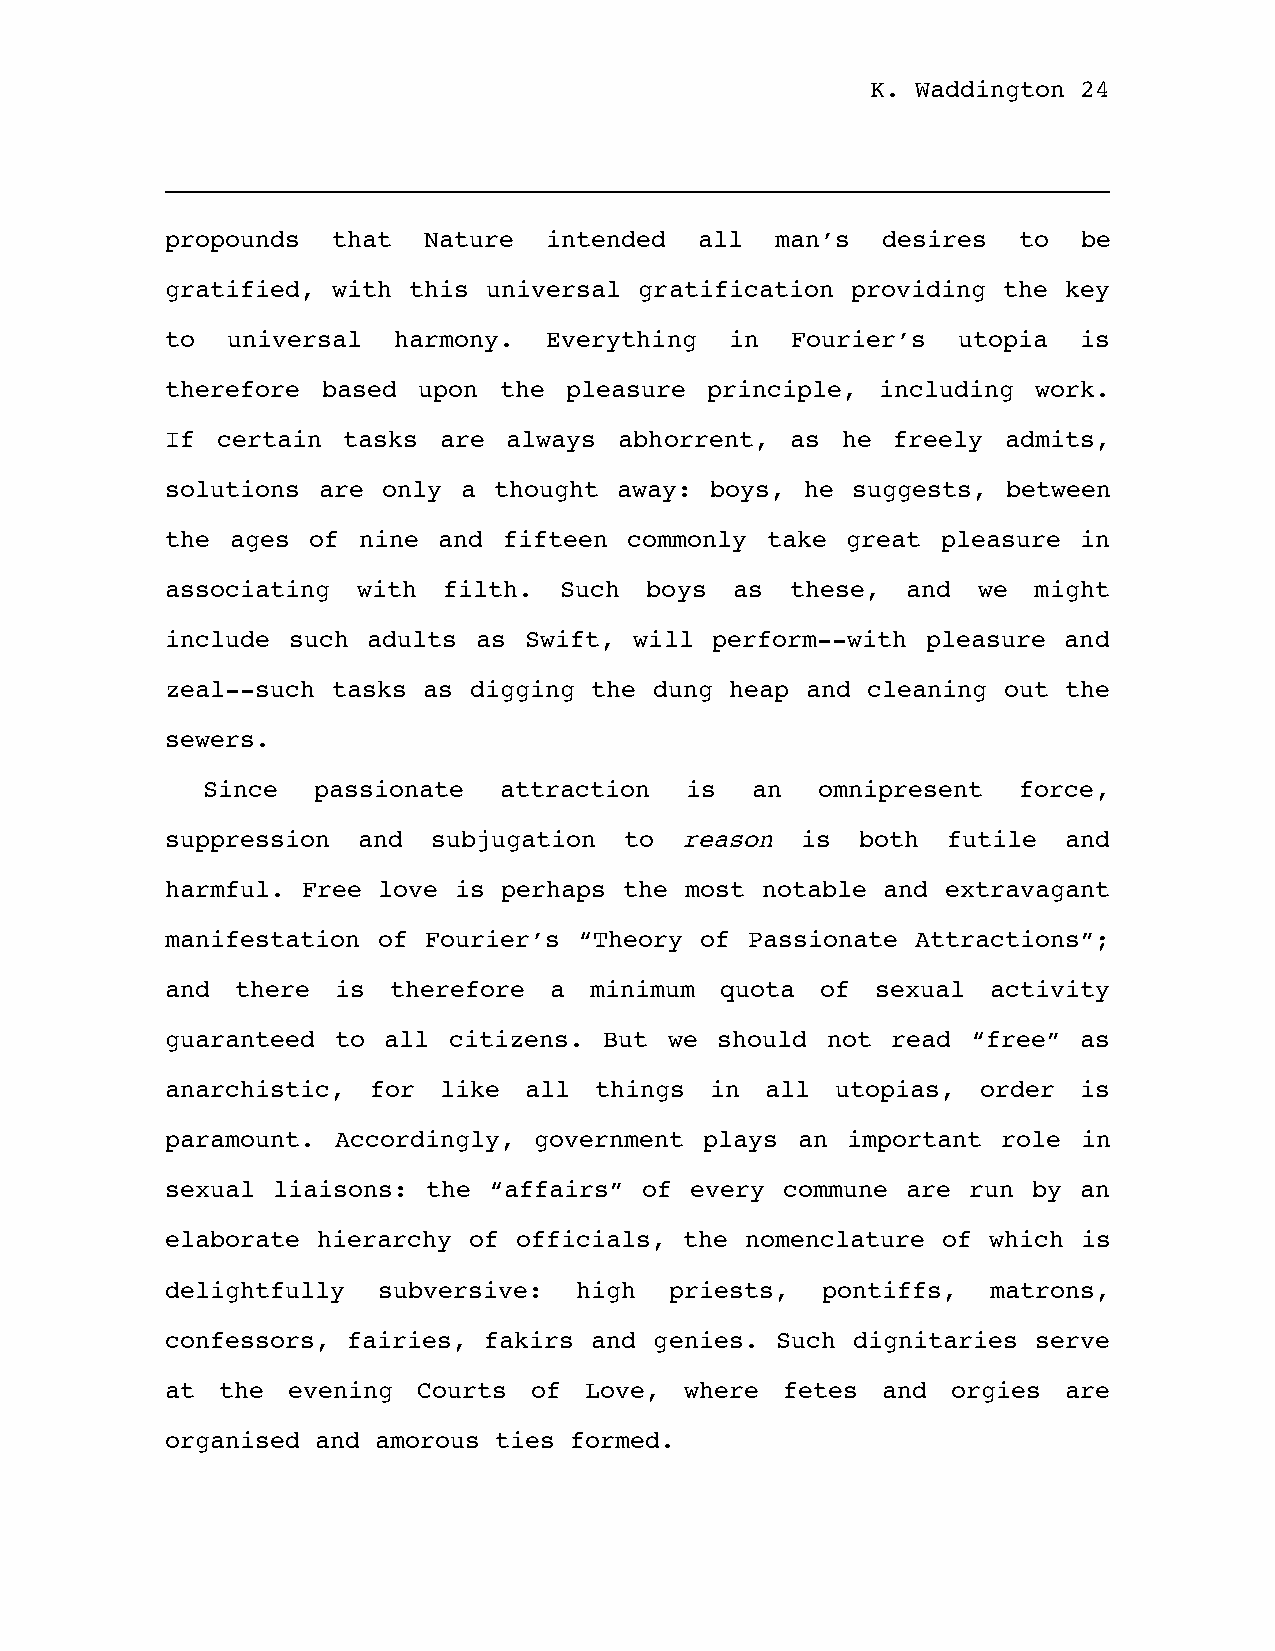
K. Waddington 24
 propounds  that  Nature  intended  all  man’s  desires  to   be
 gratified, with this universal gratification providing the key
 to  universal  harmony.  Everything  in  Fourier’s  utopia  is
 therefore based  upon the pleasure  principle, including  work.
 If certain  tasks are  always abhorrent, as  he freely  admits,
 solutions are only  a thought away: boys, he suggests,  between
 the ages of  nine and fifteen  commonly take great pleasure  in
 associating  with filth.  Such  boys  as these,  and  we might
 include such adults  as Swift, will perform--with pleasure and
 zeal--such tasks as digging the dung heap and cleaning out  the
 sewers.
 Since   passionate  attraction  is   an  omnipresent  force,
 suppression  and  subjugation to  reason  is  both  futile and
 harmful. Free love is perhaps the most notable and  extravagant
 manifestation of Fourier’s “Theory of  Passionate Attractions”;
 and  there is  therefore a  minimum  quota of  sexual  activity
 guaranteed to all  citizens. But we should  not read “free”  as
 anarchistic,  for like  all things  in  all utopias,  order  is
 paramount. Accordingly, government  plays an important role  in
 sexual liaisons: the “affairs”  of every commune are run by  an
 elaborate hierarchy of officials, the nomenclature of which  is
 delightfully  subversive:  high  priests,  pontiffs,   matrons,
 confessors, fairies, fakirs and genies. Such dignitaries  serve
 at  the evening  Courts of  Love, where  fetes and  orgies  are
 organised and amorous ties formed.